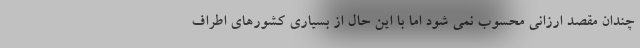
چندان مقصد ارزانی محسوب نمی شود اما با این حال از بسیاری کشورهای اطراف